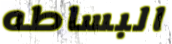
البساطه